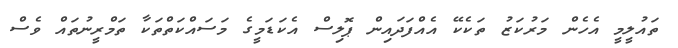
ތައުލީމީ އެހެން މަރުކަޒު ތަކެކޭ އެއްފަދައިން ޕޮލިސް އެކަޑަމީގެ މަސައްކަތްތަކާ ތަމްރީނުތައް ވެސް